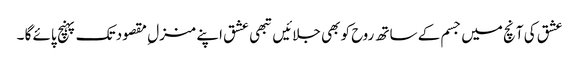
عشق کی آنچ میں جسم کے ساتھ روح کو بھی جلائیں تبھی عشق اپنے منزل ِ مقصود تک پہنچ پائے گا ۔